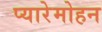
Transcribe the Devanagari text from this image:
प्यारेमोहन